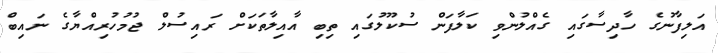
އަލިފާނުގެ ހާދިސާގައި ގެއްލުންވި ކަލާފަން ސުކޫލުގައި ތިބި އާއިލާތަކަށް ރައިސުލް ޖުމުހުރިއްޔާގެ ނައިބް